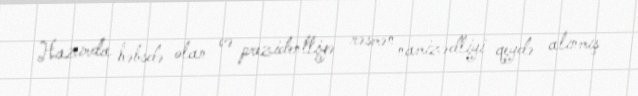
Hazırda həbsdə olan və prezidentliyə rəsmən namizədliyi qeydə alınmış